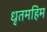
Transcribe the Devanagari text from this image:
धृतमहिम